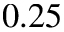
0 . 2 5